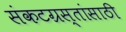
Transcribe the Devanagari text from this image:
संकटग्रस्तांसाठी